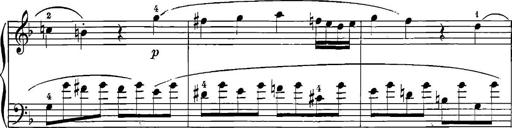
Title: 12 Sonatinas
Composer: Ignaz Pleyel